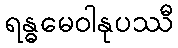
ရန္ဓမေဝါနုပဿီ